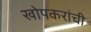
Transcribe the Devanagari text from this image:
खोपकरांची